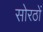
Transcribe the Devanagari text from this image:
सोरठों